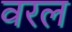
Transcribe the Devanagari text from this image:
वरल